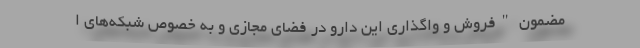
مضمون "فروش و واگذاری این دارو در فضای مجازی و به خصوص شبکه‌های ا